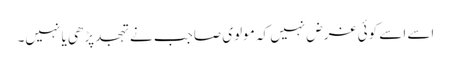
اسے اسے کوئی غرض نہیں کہ مولوی صاجب نے تہجد پڑھی یا نہیں۔